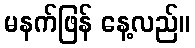
မနက်ဖြန် နေ့လည်။